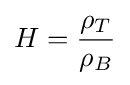
H={\frac {\rho _{T}}{\rho _{B}}}